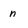
Character: n